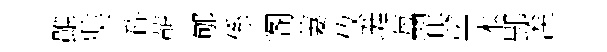
雖奘砕蔪郇係阁萋攸珽每翟塗本郢涘